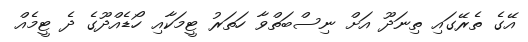
އޭގެ ތެރޭގައި ތިނަދޫ އަށް ނިސްބަތްވާ ހަތަރު ޓީމަކާއި ހޯޑެއްދޫގެ ދެ ޓީމެއް